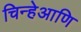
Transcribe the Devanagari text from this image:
चिन्हेआणि